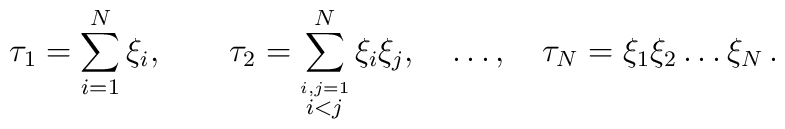
\tau_{1}=\sum_{i=1}^{N}\xi_{i} ,\qquad\tau_{2}=\sum_{\stackrel{i,j=1}{i<j}}^{N}\xi_{i}\xi_{j},\quad  \ldots,\quad     \tau_{N}=\xi_{1}\xi_{2}\ldots\xi_{N} \,.